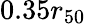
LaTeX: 0.35r_{50}